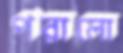
পরালো